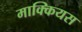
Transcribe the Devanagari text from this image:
माक्कियस